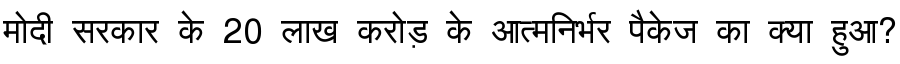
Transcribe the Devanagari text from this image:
मोदी सरकार के 20 लाख करोड़ के आत्मनिर्भर पैकेज का क्या हुआ?